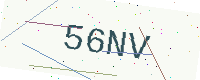
Text: 56NV